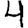
Digit: 4